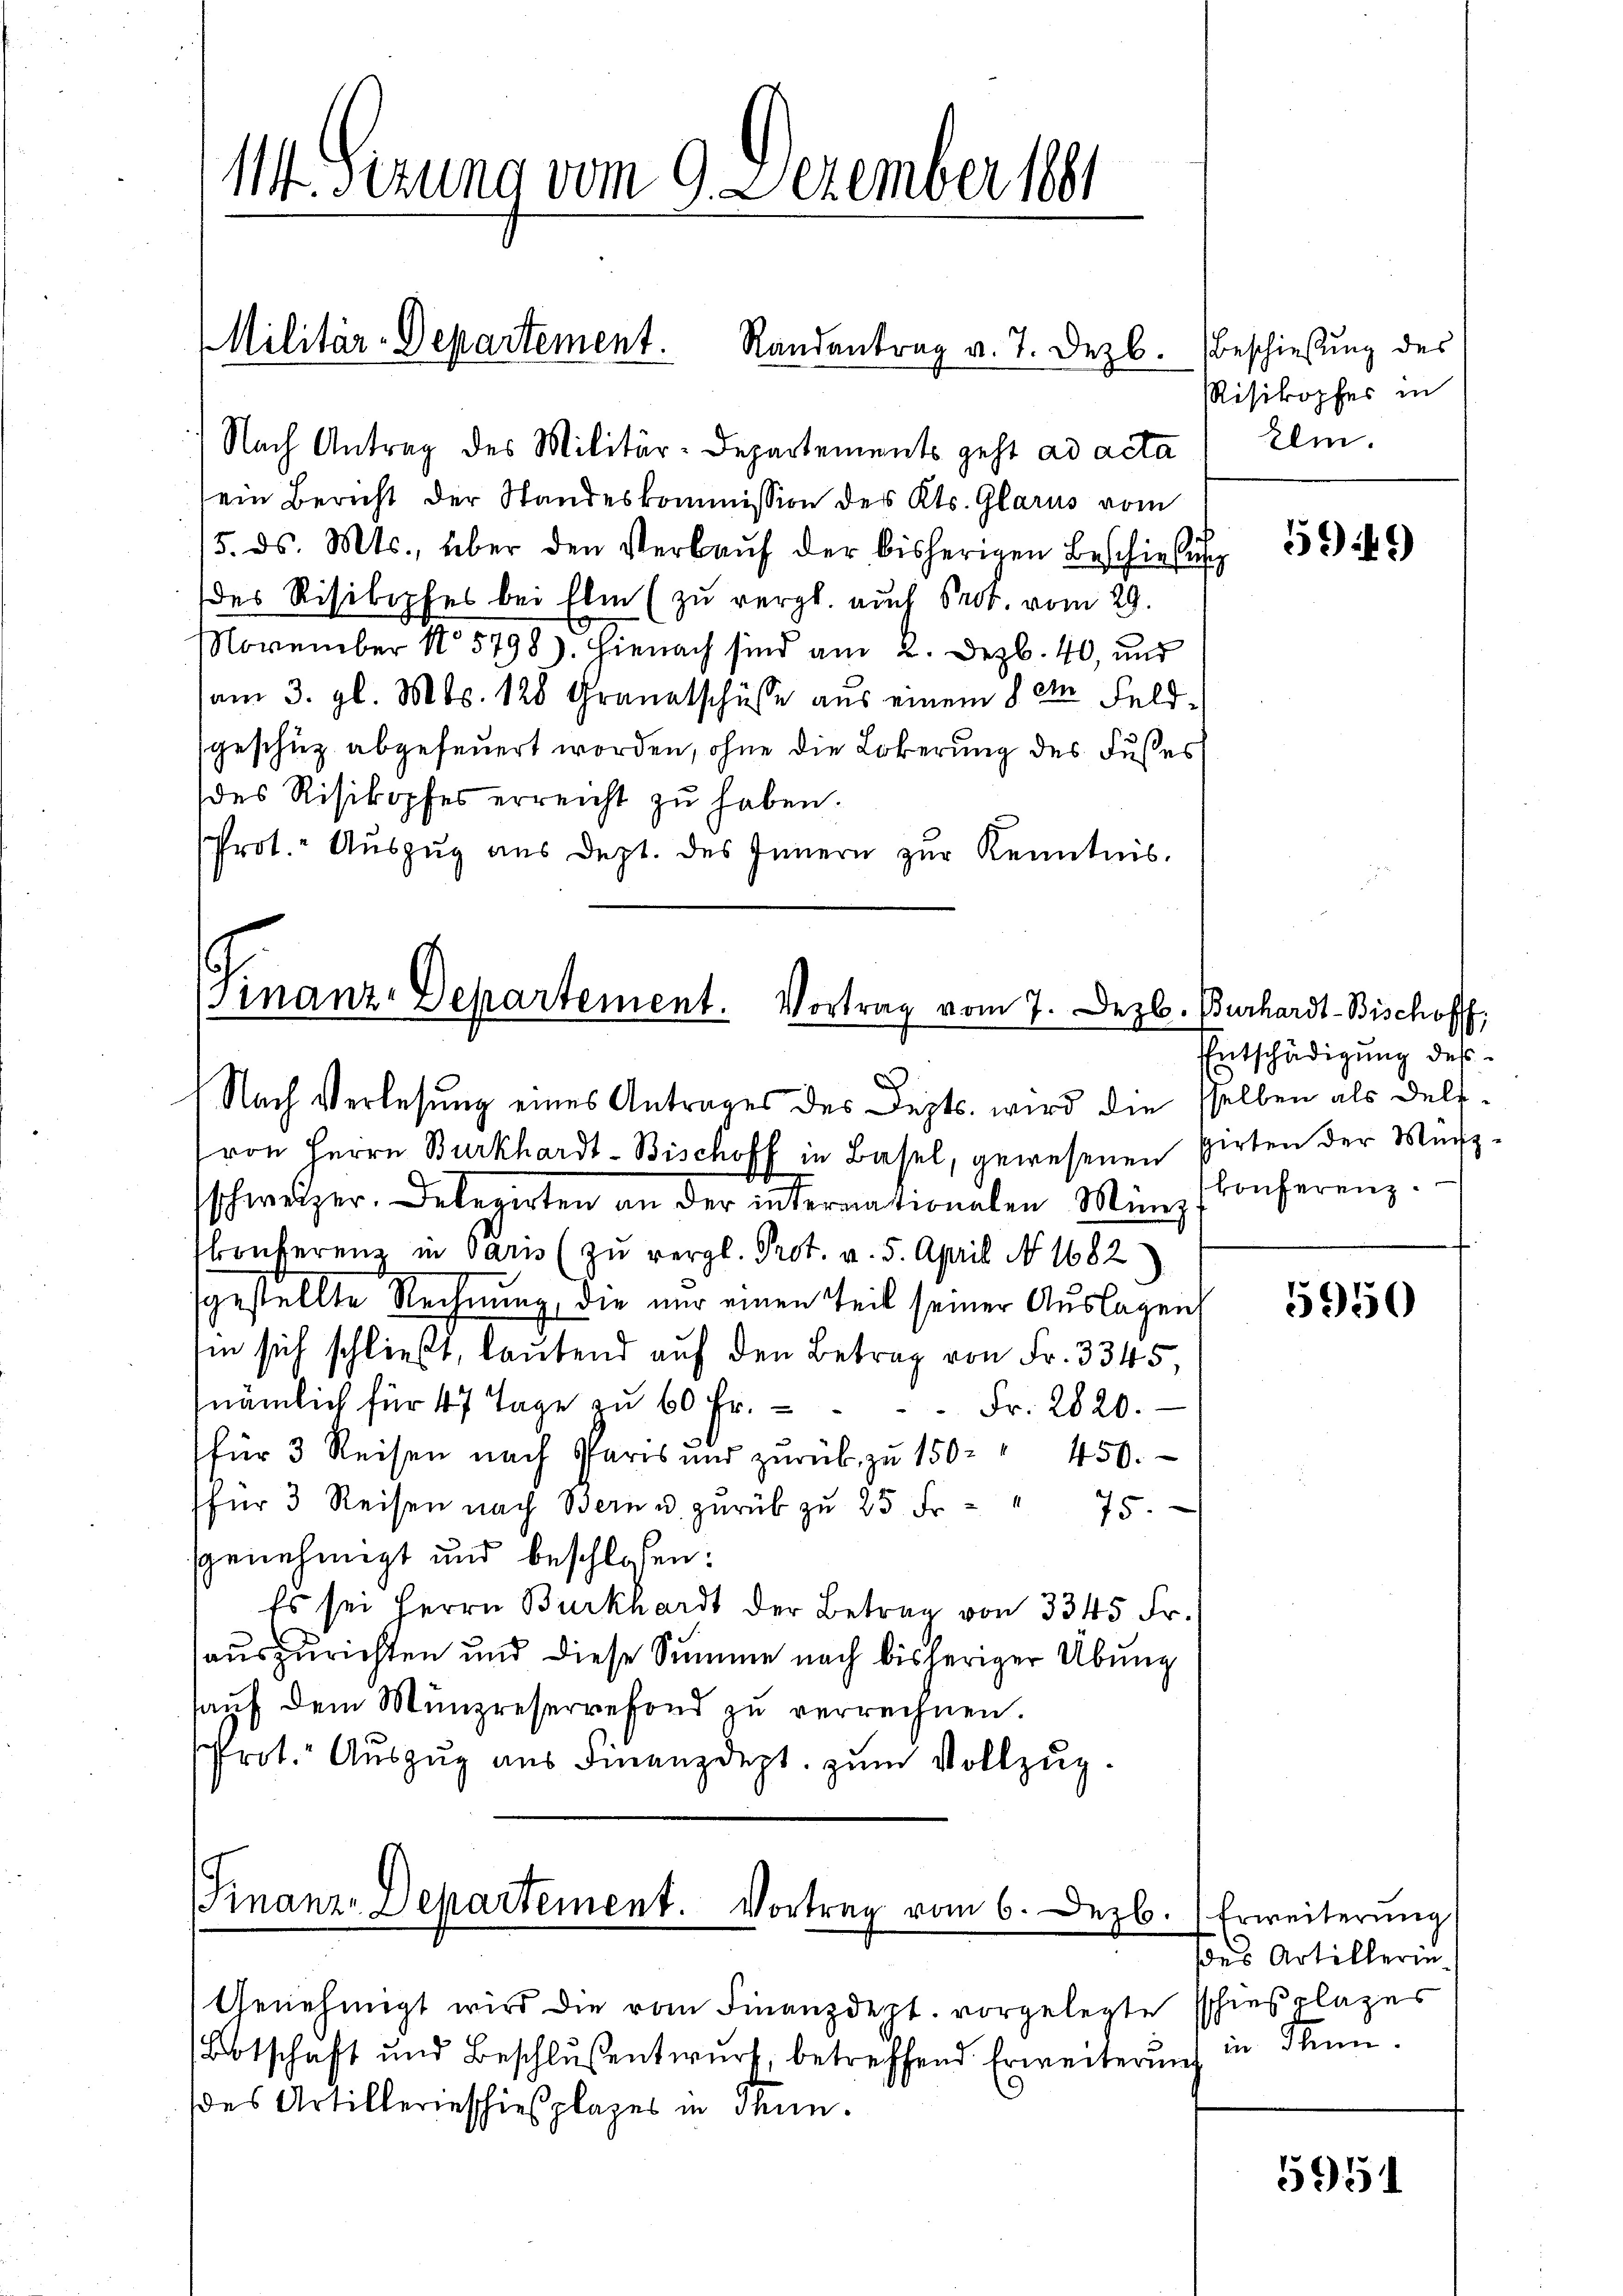
114. Sizung vom 9. Dezember 1881

Nach Antrag des Militär-Departements geht ad acta
sein Bericht der Standeskommission des Kts. Glarus vom
15. ds. Mts., über den Verbaŭf der bisherigen Beschiebung
des Risibiphes bei Elm (zu vergl. auch Prot. vom 29.
NNovember No 5798). Hienach sind am 2. Dezb. 40, und
(am 3. gl. Mts. 128 Granatschüsse aus einem §. der Feldsgeschüz abgefeuert worden, ohne die Löberung des Fußes
des Risikopfes erreicht zu haben.
Prot. Auszug aus dept. des Innern zur Kenntnis.

Militär-Departement. Randantrag v. 7. Dezb. Beschießung des

von Herrn Burkhardt-Bischoff in Basel, gewesenen Pirten der Münz
schweizer. Delegirten an der internationalen Münz
Conferenz in Paris (zu vergl. Prot. v. 5. April No 1682
gestellte Rechnung, die nur einen Teil seiner Auslagen,
in sich schließt, lautend auf den Betrag von Fr. 3345,
nämlich für 47 Tage zŭ 60 fr.  ..  ..  Fr. 2820.
für 3 Reisen nach Paris und zŭrück zŭ 150. " 450.
für 3 Reisen nach Bern u. zŭrük zŭ 25 Fr. - " 75.
genehmigt und beschlossen:
Es sei Herrn Burkhardt der Betrag von 3345 Fr.
auszurichten und diese Summe nach bisheriger Übung
aŭf dem Münzreservefond zŭ verrechnen.
rot. Auszug aus Finanzdept. zum Vollzug.

(Finanz-Departement. Vortrag vom 7. Dez. Burhardt-Bischoff,
C
Nach Verlesung eines Antrages des Depts. wird die selben als Dele

Finanz-Departement. Vortrag vom 6. Dezb.) Erweiterung

Genehmigt wird die vom Finanzdept. vorgelegte schießplazes
(Botschaft und Beschlŭsentwŭrf, betreffend Erweiterŭng in Ste
des Artillerieschießplazes in Thun.

RRisikopfes in
Ilm.

566)

Entschädigung des
konferenz.

5950

ses Artillerin¬

5951